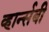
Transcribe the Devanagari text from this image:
व्हार्न्सबी